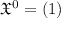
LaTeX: { \mathfrak { X } } ^ { 0 } = ( 1 )